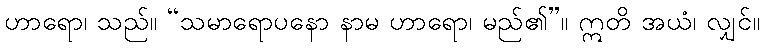
ဟာရော၊ သည်။ “သမာရောပနော နာမ ဟာရော၊ မည်၏”။ ဣတိ အယံ၊ လျှင်။